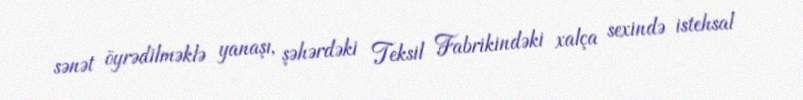
sənət öyrədilməklə yanaşı, şəhərdəki Teksil Fabrikindəki xalça sexində istehsal